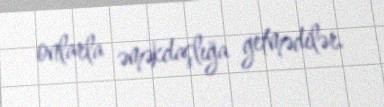
onlarla əməkdaşlığa getmədilər.